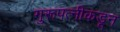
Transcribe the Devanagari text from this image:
गुरूपत्‍नीकडून